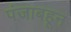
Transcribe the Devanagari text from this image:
पंजाबहून